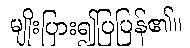
မျိုးပြား၍ပြပြန်၏။